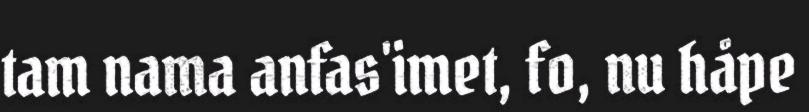
tam nama anfas'imet, fo, nu håpe